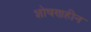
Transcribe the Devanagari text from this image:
शोषणहीन